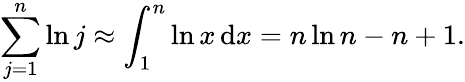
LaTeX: \sum_{j=1}^{n}\ln j\approx\int_{1}^{n}\ln x\, \mathrm{{d}}x=n\ln n-n+1.